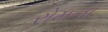
રોમના